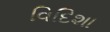
વિદિશા